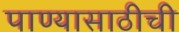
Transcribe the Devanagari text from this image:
पाण्यासाठीची